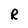
Character: R